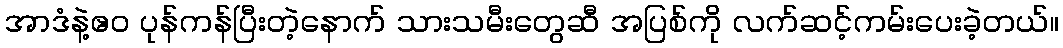
အာဒံနဲ့ဧဝ ပုန်ကန်ပြီးတဲ့နောက် သားသမီးတွေဆီ အပြစ်ကို လက်ဆင့်ကမ်းပေးခဲ့တယ်။